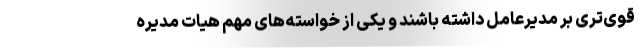
قوی‌تری بر مدیرعامل داشته باشند و یکی از خواسته‌های مهم هیات مدیره